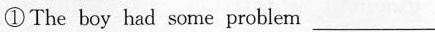
①The boy had some problem ___